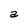
Character: a